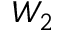
W _ { 2 }